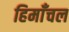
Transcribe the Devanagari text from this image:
हिमाँचल